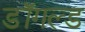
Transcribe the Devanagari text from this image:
डॉगल्ड